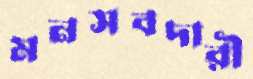
মনসবদারী